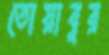
তোয়াবুর